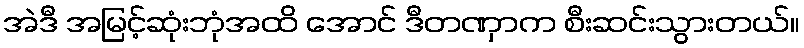
အဲဒီ အမြင့်ဆုံးဘုံအထိ အောင် ဒီတဏှာက စီးဆင်းသွားတယ်။